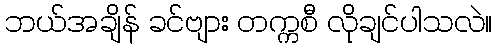
ဘယ်အချိန် ခင်ဗျား တက္ကစီ လိုချင်ပါသလဲ။